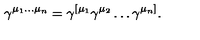
\gamma ^ { \mu _ { 1 } \ldots \mu _ { n } } = \gamma ^ { [ \mu _ { 1 } } \gamma ^ { \mu _ { 2 } } \ldots \gamma ^ { \mu _ { n } ] } .